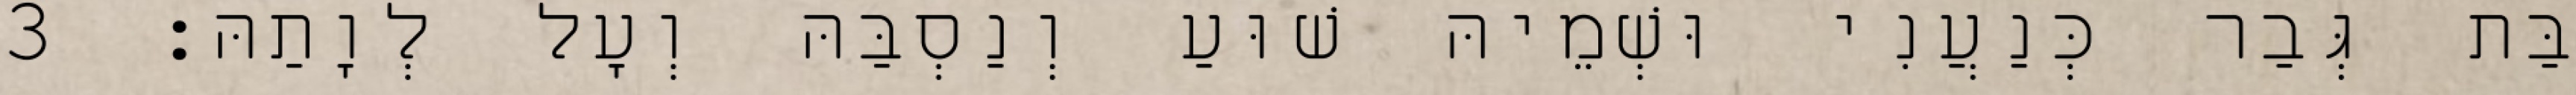
בַּת גְּבַר כְּנַעֲנִי וּשְׁמֵיהּ שׁוּעַ וְנַסְבַּהּ וְעָל לְוָתַהּ׃ 3